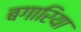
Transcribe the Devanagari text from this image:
बगारिया